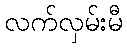
လက်လှမ်းမီ